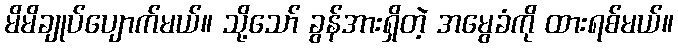
မိမိချုပ်ပျောက်မယ်။ သို့သော် ခွန်အားရှိတဲ့ အမွေခံကို ထားရစ်မယ်။